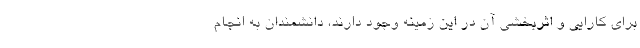
برای کارایی و اثربخشی آن در این زمینه وجود دارند، دانشمندان به انجام